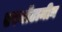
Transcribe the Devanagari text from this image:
एरगॉटामीन